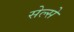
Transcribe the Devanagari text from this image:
सेल्से